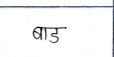
मजकूर: बाड